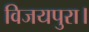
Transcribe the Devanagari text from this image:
विजयपुरा।